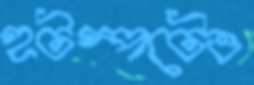
হটস্পটেও